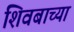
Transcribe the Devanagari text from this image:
शिवबाच्‍या